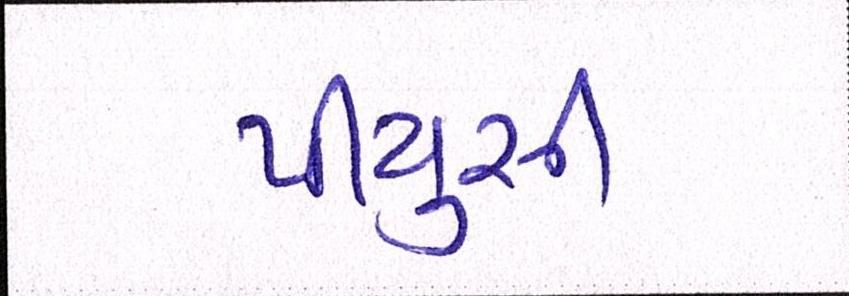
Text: પીયુસી